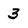
Character: 3